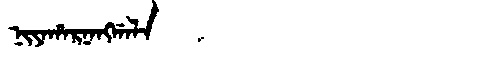
Manchu: ᠨᡳᠶᠠᡥᠠᡵᠨᠠᠩᡤᠠᠯᠠ
Romanization: NIYAHARNANGGALA